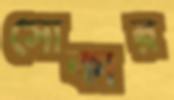
সোকার